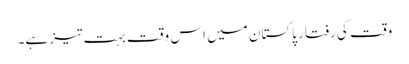
وقت کی رفتار پاکستان میں اس وقت بہت تیز ہے۔